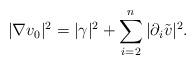
LaTeX: \begin{align*}|\nabla v_0|^2 = |\gamma|^2 +\sum_{i=2}^{n}|\partial_i \tilde v|^2.\end{align*}